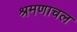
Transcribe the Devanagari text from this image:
श्रमणाचल